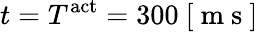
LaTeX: t=T^{\mathrm{act}}=300~[\mathrm{~m~s~}]